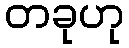
တခုဟု